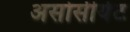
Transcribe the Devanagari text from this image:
असोसीयेट